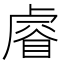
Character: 𥈠